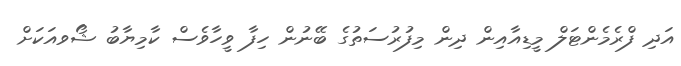
އަދި ފްރެމެންޓަލް މީޑިއާއިން ދިން މިފުރުސަތުގެ ބޭނުން ހިފާ ވީހާވެސް ކާމިޔާބު ޝޯވއަކަށް